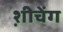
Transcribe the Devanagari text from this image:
श़ीचेंग